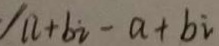
/ n + b i - a + b i